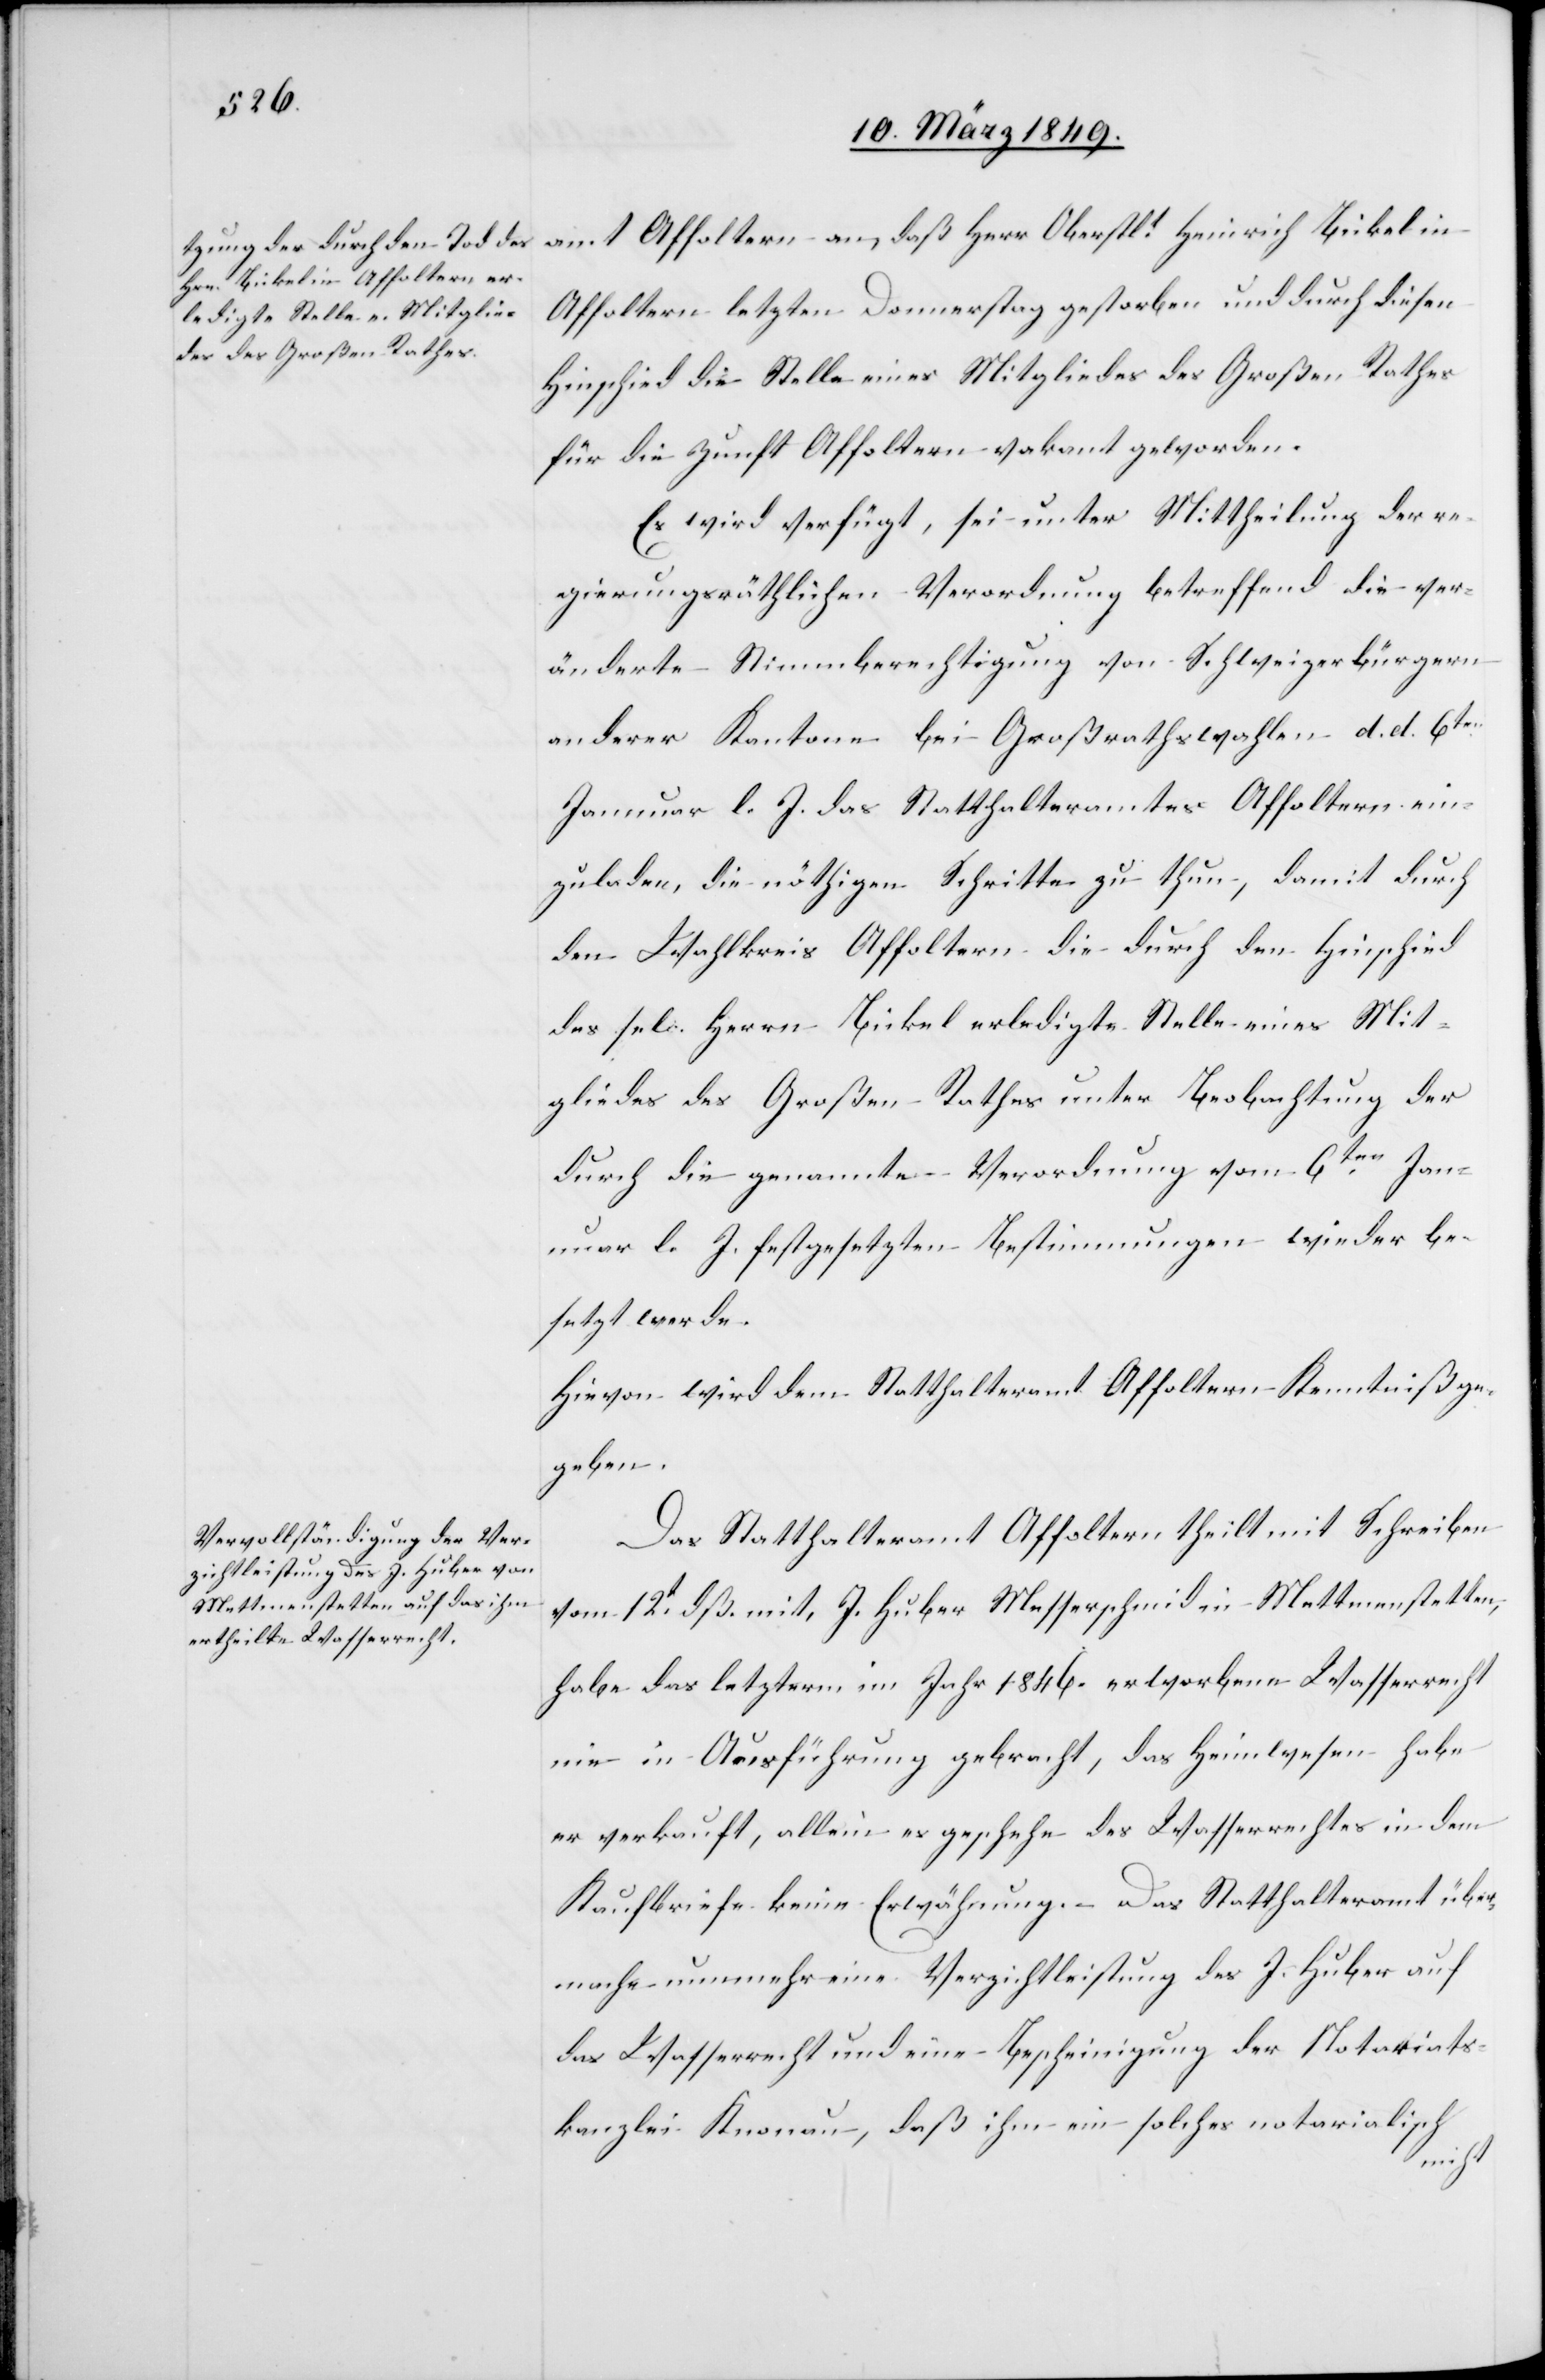
15. März 1849.]
amt Affoltern an, daß Herr Oberstlt. Heinrich Bickel in
Affoltern letzten Donnerstag gestorben und durch diesen
Hinschied die Stelle eines Mitglied des Großen Rathes
für die Zunft Affoltern vakant geworden.
Es wird verfügt, sei unter Mittheilung der re¬
gierungsräthlichen Verordnung betreffend die ver¬
änderte Stimmberechtigung von Schweizerbürgern
anderer Kantone bei Großrathswahlen d. d. 6ten.
Januar l. J. das Statthalteramtes [sic!] Affoltern ein¬
zuladen, die nöthigen Schritte zu thun, damit durch
den Wahlkreis Affoltern die durch den Hinschied
des sel. Herrn Bickel erledigte Stelle eines Mit¬
gliedes des Großen Rathes unter Beobachtung der
durch die genannte Verordnung vom 6ten. Jan¬
uar l. J. festgesetzten Bestimmungen wieder be¬
setzt werde.
Hievon wird dem Statthalteramt Affoltern Kenntniß ge¬
geben.
Das Statthalteramt Affoltern theilt mit Schreiben
vom 12t. dß. mit, J. Huber Messerschmid in Mettmenstetten,
habe das letzterm im Jahr 1846. erworbene Wasserrecht
nie in Ausführung gebracht, das Heimwesen habe
er verkauft, allein es geschehe des Wasserrechtes in dem
Kaufbriefe keine Erwähnung. – Das Statthalteramt über¬
mache nunmehr eine Verzichtleistung des J. Huber auf
das Wasserrecht und eine Bescheinigung der Notariats¬
kanzlei Knonau, daß ihm ein solches notarialisch
nicht